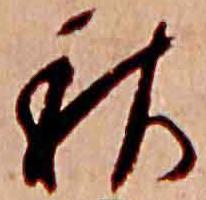
秋